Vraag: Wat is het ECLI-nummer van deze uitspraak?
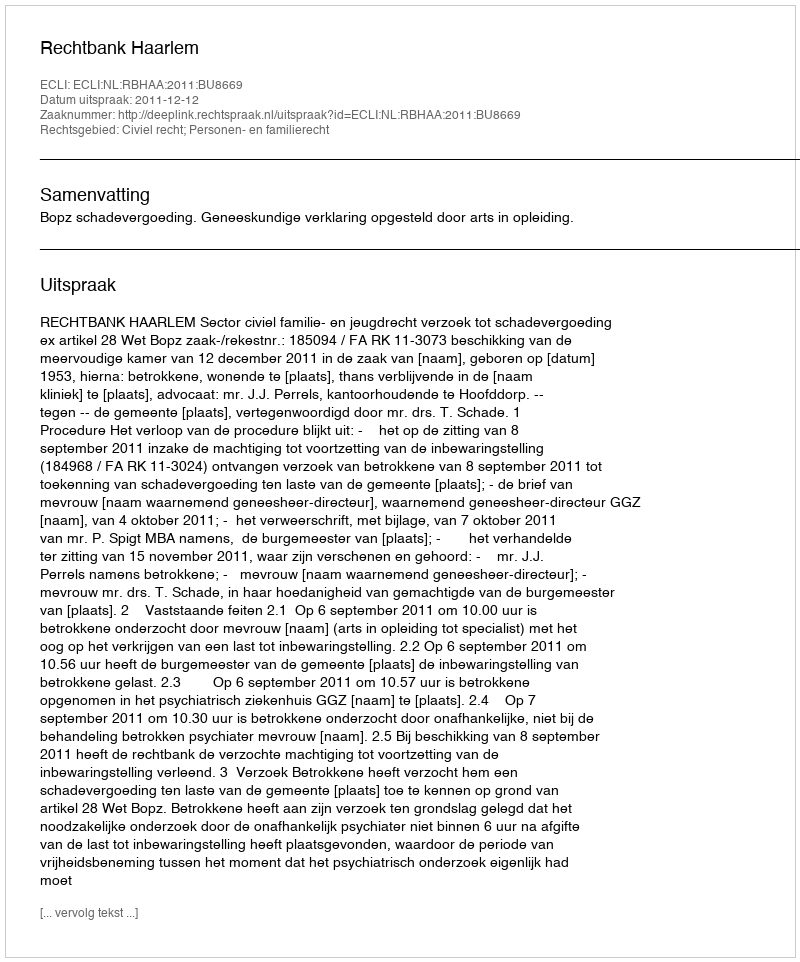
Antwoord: ECLI:NL:RBHAA:2011:BU8669